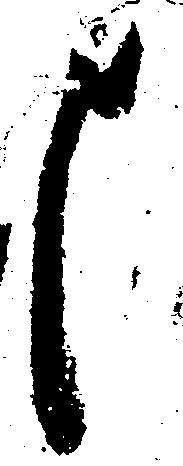
申